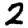
Digit: 2